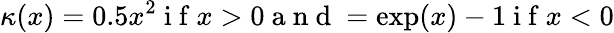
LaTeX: \kappa(x)=0.5x^{2}\mathrm{~i~f~}x>0\mathrm{~a~n~d~}=\exp(x)-1\mathrm{~i~f~}x<0